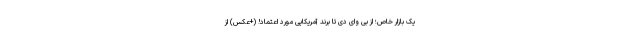
یک بازار خاص؛ از بی وای دی تا برند آمریکایی مورد اعتماد! (+عکس) از